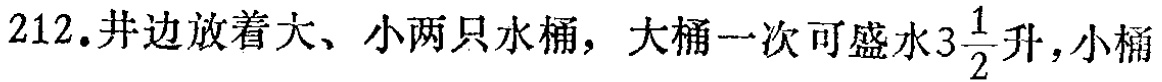
212.井边放着大、小两只水桶，大桶一次可盛水\(3\frac{1}{2}\)升，小桶